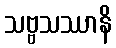
သဗ္ဗသဿာနိ